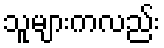
သူများကလည်း